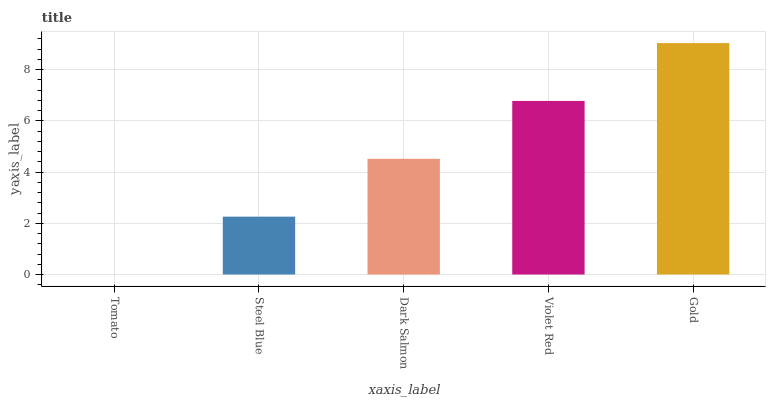
| xaxis_label | bars |
 | --- | --- |
 | Tomato | 0 |
 | Steel Blue | 2.26 |
 | Dark Salmon | 4.52 |
 | Violet Red | 6.78 |
 | Gold | 9.04 |